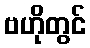
ဗဟိုတွင်